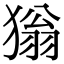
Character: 㺋